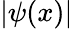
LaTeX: |\psi(x)|